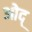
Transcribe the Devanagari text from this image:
ओद्